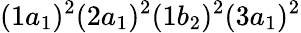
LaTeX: (1a_{1})^{2}(2a_{1})^{2}(1b_{2})^{2}(3a_{1})^{2}